Madras plague regulations and rules - Volume 2
Disease focus: Plague
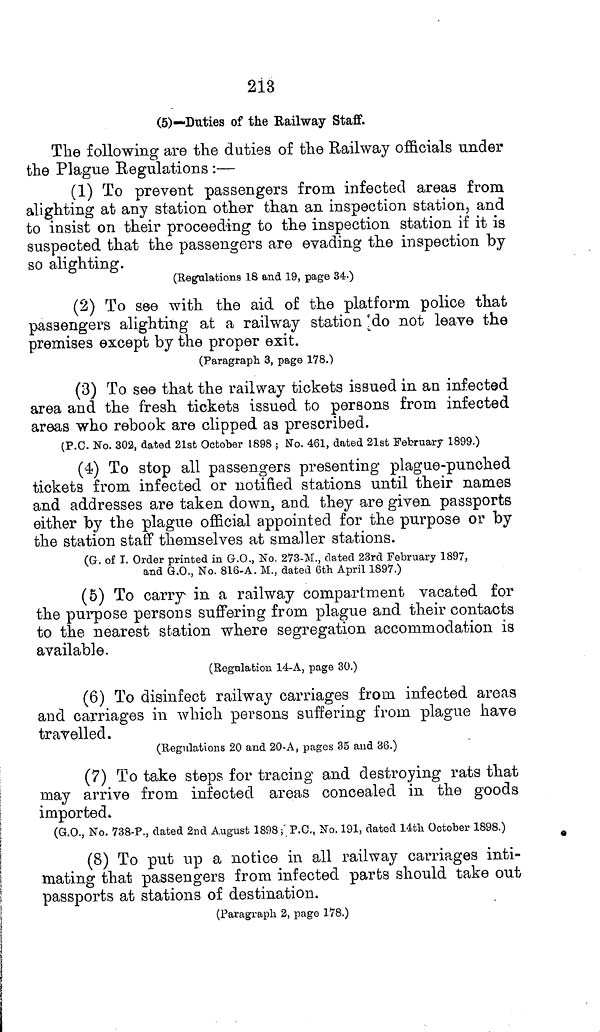
213
(5)—Duties of the Railway Staff.
The following are the duties of the Railway officials under
the Plague Regulations:
(1) To prevent passengers from infected areas from
alighting at any station other than an inspection station, and
to insist on their proceeding to the inspection station if it is
suspected that the passengers are evading the inspection by
so alighting.
(Regulations 18 and 19, page 34.)
(2) To see with the aid of the platform police that
passengers alighting at a railway station do not leave the
premises except by the proper exit.
(Paragraph 3, page 178.)
(3) To see that the railway tickets issued in an infected
area and the fresh tickets issued to persons from infected
areas who rebook are clipped as prescribed.
(P.C. No. 302, dated 21st October 1898 ; No. 461, dated 21st February 1899.)
(4) To stop all passengers presenting plague-punched
tickets from infected or notified stations until their names
and addresses are taken down, and they are given passports
either by the plague official appointed for the purpose or by
the station staff themselves at smaller stations.
(a. of T. Order printed in G.O., No. 273-M., dated 23rd February 1897,
and G.O., No. 816-A. M., dated 6th April 1897.)
(5) To carry in a railway compartment vacated for
the purpose persons suffering from plague and their contacts
to the nearest station where segregation accommodation is
available.
(Regulation 14-A, page 30.)
(6) To disinfect railway carriages from infected areas
and carriages in which persons suffering from plague have
travelled.
(Regulations 20 and 20-A, pages 35 and 36.)
(7) To take steps for tracing and destroying rats that
may arrive from infected areas concealed in the goods
imported.
(G.O., No. 738-P., dated 2nd August 1898; P.C., No. 191, dated 14th October 1898.)
(8) To put up a notice in all railway carriages inti-
mating that passengers from infected parts should take out
passports at stations of destination.
(Paragraph 2, page 178.)